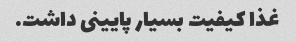
غذا کیفیت بسیار پایینی داشت.